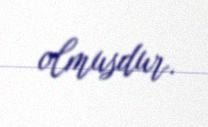
olmusdur.